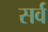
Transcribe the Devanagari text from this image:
सर्व